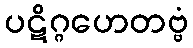
ပဋိဂ္ဂဟေတဗ္ဗံ